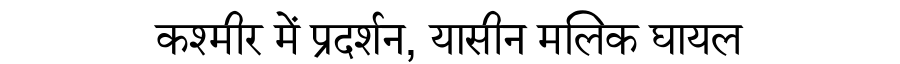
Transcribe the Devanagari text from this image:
कश्मीर में प्रदर्शन, यासीन मलिक घायल